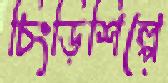
চিংড়িশিল্পে